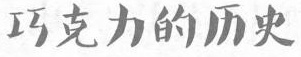
īΣ克力的历史